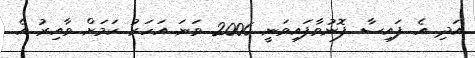
އަދި އެ ފައިސާ ފޮނުވާފައިވަނީ 2006 ވަނަ އަހަރު ކަމަށް ވާއިރު އެ